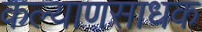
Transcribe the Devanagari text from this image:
कल्याणसाधक